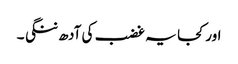
اور کجا یہ غضب کی آدھ ننگی ۔